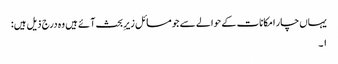
یہاں چار امکانات کے حوالے سے جو مسائل زیرِ بحث آئے ہیں وہ درج ذیل ہیں:
۱۔